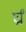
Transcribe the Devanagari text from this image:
र्घ्रां